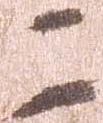
二